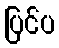
ပြင်ပ